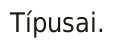
Típusai.